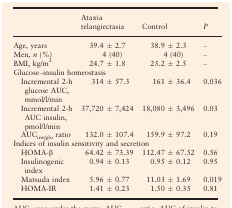
<table><thead><tr><td></td><td><b>Ataxia telangiectasia</b></td><td><b>Control</b></td><td><b><i>P</i></b></td></tr></thead><tbody><tr><td>Age, years</td><td>39.4 ± 2.7</td><td>38.9 ± 2.3</td><td>–</td></tr><tr><td>Men, <i>n</i> (%)</td><td>4 (40)</td><td>4 (40)</td><td>–</td></tr><tr><td>BMI, kg/m<sup>2</sup></td><td>24.7 ± 1.8</td><td>25.2 ± 2.5</td><td>–</td></tr><tr><td colspan="4">Glucose–insulin homeostasis</td></tr><tr><td>Incremental 2‐h glucose AUC, mmol/l/min</td><td>314 ± 57.3</td><td>161 ± 36.4</td><td>0.036</td></tr><tr><td>Incremental 2‐h AUC insulin, pmol/l/min</td><td>37,720 ± 7,424</td><td>18,080 ± 3,496</td><td>0.03</td></tr><tr><td>AUC<sub>ins/glu</sub> ratio</td><td>132.0 ± 107.4</td><td>159.9 ± 97.2</td><td>0.19</td></tr><tr><td colspan="4">Indices of insulin sensitivity and secretion</td></tr><tr><td>HOMA‐β</td><td>64.42 ± 73.39</td><td>112.47 ± 67.52</td><td>0.56</td></tr><tr><td>Insulinogenic index</td><td>0.94 ± 0.13</td><td>0.95 ± 0.12</td><td>0.95</td></tr><tr><td>Matsuda index</td><td>5.96 ± 0.77</td><td>11.03 ± 1.69</td><td>0.019</td></tr><tr><td>HOMA‐IR</td><td>1.41 ± 0.23</td><td>1.50 ± 0.35</td><td>0.81</td></tr></tbody></table>